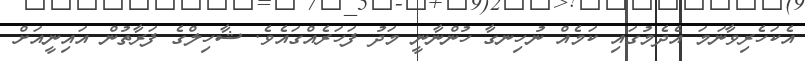
އެކަހެރިވާނަމަ އެދެމުގައި ކަމެއް ނުހިނގާ ހުންނާނީ މަދު ފަހަރެއްގައެވެ. ޝާހިލްގެ ފަރާތުން އައިނީއަށް